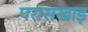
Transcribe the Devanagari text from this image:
परासखाड़